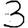
Digit: 3